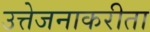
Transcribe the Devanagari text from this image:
उत्तेजनाकरीता